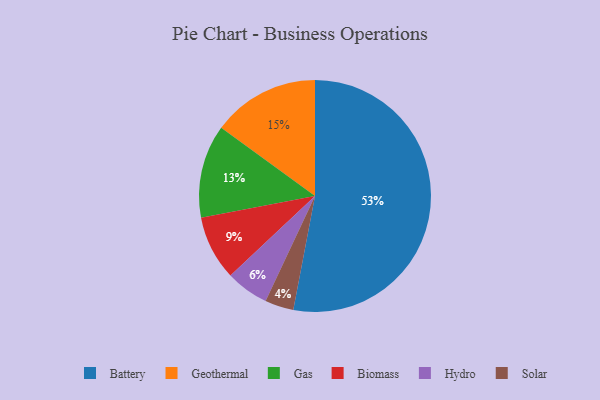
{"axis": {"x": "Category", "y": "Percentage"}, "legend": ["Battery", "Biomass", "Gas", "Geothermal", "Hydro", "Solar"], "data": [{"x": "Battery", "y": 53, "type": "Battery"}, {"x": "Gas", "y": 13, "type": "Gas"}, {"x": "Geothermal", "y": 15, "type": "Geothermal"}, {"x": "Solar", "y": 4, "type": "Solar"}, {"x": "Biomass", "y": 9, "type": "Biomass"}, {"x": "Hydro", "y": 6, "type": "Hydro"}]}